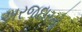
અરજદારનો